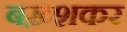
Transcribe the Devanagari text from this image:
बख़्शकर